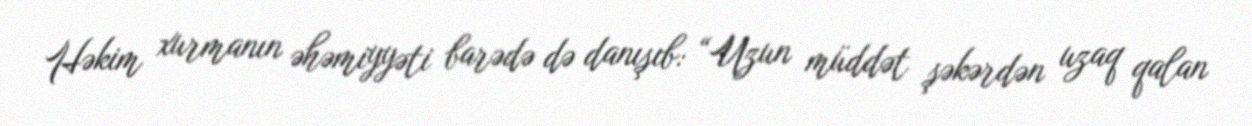
Həkim xurmanın əhəmiyyəti barədə də danışıb: “Uzun müddət şəkərdən uzaq qalan